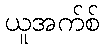
ယူအက်စ်